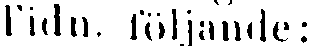
Tidn. följande: